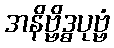
အနိဗ္ဗိဒ္ဓပုဗ္ဗံ